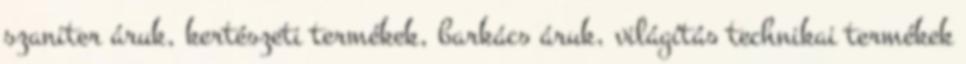
szaniter áruk, kertészeti termékek, barkács áruk, világítás technikai termékek